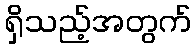
ရှိသည့်အတွက်